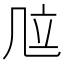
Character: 𠙅